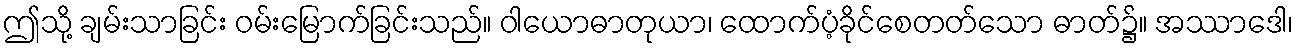
ဤသို့ ချမ်းသာခြင်း ဝမ်းမြောက်ခြင်းသည်။ ဝါယောဓာတုယာ၊ ထောက်ပံ့ခိုင်စေတတ်သော ဓာတ်၌။ အဿာဒေါ၊